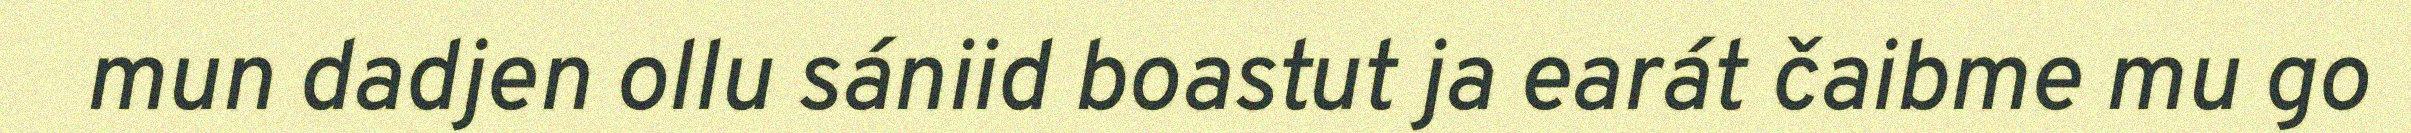
mun dadjen ollu sániid boastut ja earát čaibme mu go